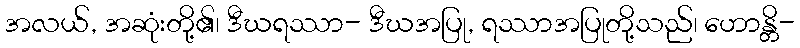
အလယ်, အဆုံးတို့၏၊ ဒီဃရဿာ- ဒီဃအပြု, ရဿာအပြုတို့သည်၊ ဟောန္တိ-